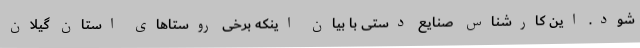
شود. این کارشناس صنایع دستی با بیان اینکه برخی روستاهای استان گیلان